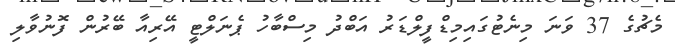
މެޗުގެ 37 ވަނަ މިނެޓުގައިމިޑްފީލްޑަރު އަބްދު މިސްބާހު ޕެނަލްޓީ އޭރިއާ ބޭރުން ފޮނުވާލި